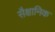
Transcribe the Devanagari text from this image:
सैक्षानिक